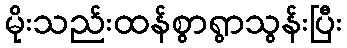
မိုးသည်းထန်စွာရွာသွန်းပြီး